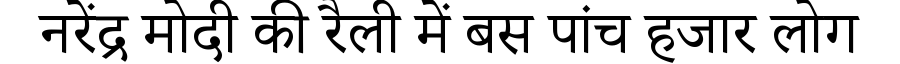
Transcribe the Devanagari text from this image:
नरेंद्र मोदी की रैली में बस पांच हजार लोग